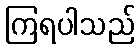
ကြရပါသည်